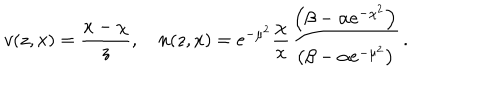
LaTeX: v ( z , x ) = \frac { x - \chi } { z } , \quad n ( z , x ) = e ^ { - \mu ^ { 2 } } \frac { \chi } { x } \frac { \left( \beta - \alpha e ^ { - \chi ^ { 2 } } \right) } { \left( \beta - \alpha e ^ { - \mu ^ { 2 } } \right) } \, .